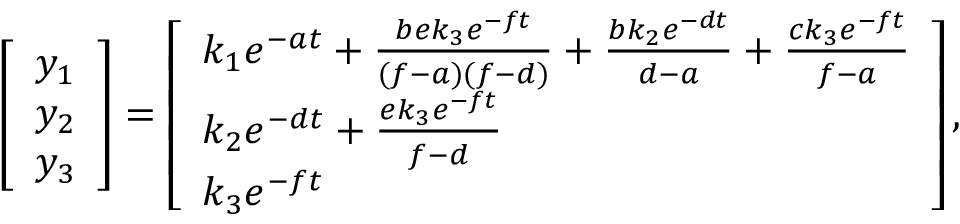
\left[ \begin{array} { l } { y _ { 1 } } \\ { y _ { 2 } } \\ { y _ { 3 } } \end{array} \right] = \left[ \begin{array} { l } { k _ { 1 } e ^ { - a t } + \frac { b e k _ { 3 } e ^ { - f t } } { ( f - a ) ( f - d ) } + \frac { b k _ { 2 } e ^ { - d t } } { d - a } + \frac { c k _ { 3 } e ^ { - f t } } { f - a } } \\ { k _ { 2 } e ^ { - d t } + \frac { e k _ { 3 } e ^ { - f t } } { f - d } } \\ { k _ { 3 } e ^ { - f t } } \end{array} \right] ,